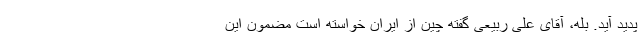
پدید آید. بله، آقای علی ربیعی گفته چین از ایران خواسته است مضمون این